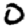
Digit: 0